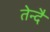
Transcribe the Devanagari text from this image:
तेन्दै